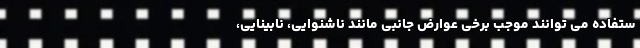
ستفاده می توانند موجب برخی عوارض جانبی مانند ناشنوایی، نابینایی،